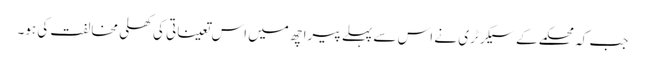
جب کہ محکمے کے سیکرٹری نے اس سے پہلے پیرا چھ میں اس تعیناتی کی کھلی مخالفت کی ہو۔